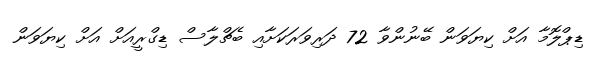
ޑިޕްލޮމާ އަށް ކިޔަވަން ބޭނުންވާ 72 ދަރިވަރަކަށާއި ބެޗްލާސް ޑިގްރީއަށް އަށް ކިޔަވަން